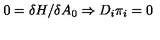
0 = \delta H / \delta A _ { 0 } \Rightarrow D _ { i } \pi _ { i } = 0